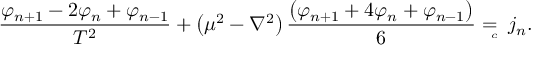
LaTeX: \frac { \varphi _ { n + 1 } - 2 \varphi _ { n } + \varphi _ { n - 1 } } { T ^ { 2 } } + \left( \mu ^ { 2 } - \nabla ^ { 2 } \right) \frac { \left( \varphi _ { n + 1 } + 4 \varphi _ { n } + \varphi _ { n - 1 } \right) } 6 = { } _ { { } _ { \! \! \! \! \! \! \! c } } \; \, j _ { n } .